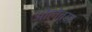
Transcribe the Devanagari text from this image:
ओलेत्या